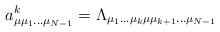
\begin{align*}a^{k}_{\mu \mu_{1}...\mu_{N-1}}=\Lambda_{\mu_{1}...\mu_{k} \mu \mu_{k+1}...\mu_{N-1}}\end{align*}